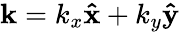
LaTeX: \mathbf{k}=k_{x}\mathbf{\hat{x}}+k_{y}\mathbf{\hat{y}}